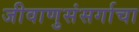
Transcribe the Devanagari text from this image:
जीवाणुसंसर्गाचा